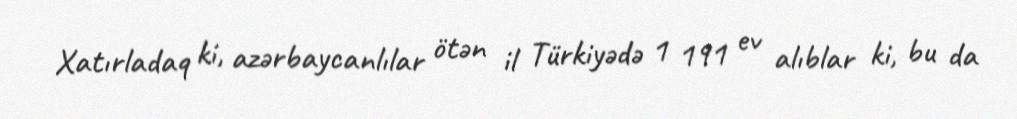
Xatırladaq ki, azərbaycanlılar ötən il Türkiyədə 1 191 ev alıblar ki, bu da